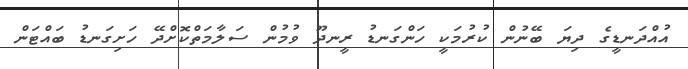
އުއްދަނޑީގެ ދިޔަ ބޭނުން ކުރުމަކީ ހަންގަނޑު ރީނދޫ ވުމުން ސަލާމަތްކޮށްދޭ ހަށިގަނޑު ބައްޓަން